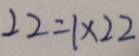
2 2 = 1 \times 2 2